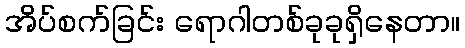
အိပ်စက်ခြင်း ရောဂါတစ်ခုခုရှိနေတာ။